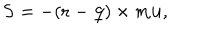
{ \bf S } = - ( { \bf r } - { \bf q } ) \times m { \bf u } ,